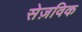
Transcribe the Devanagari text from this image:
सेज़विक